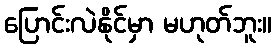
ပြောင်းလဲနိုင်မှာ မဟုတ်ဘူး။